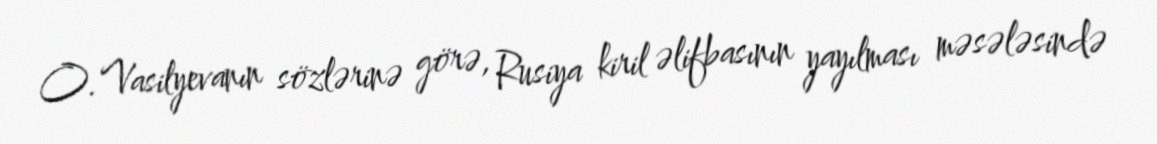
O. Vasilyevanın sözlərinə görə, Rusiya kiril əlifbasının yayılması məsələsində